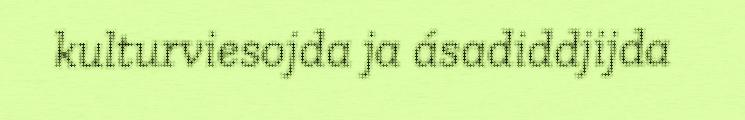
kulturviesojda ja ásadiddjijda